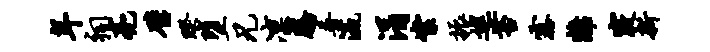
年祠亮璧睽堕兄凛腾普瀛涓絮振巡苔露离寝新